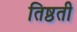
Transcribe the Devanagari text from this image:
तिष्ठती